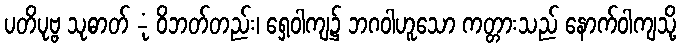
ပတိပုဗ္ဗ သုဓာတ် -ုံ ဝိဘတ်တည်း၊ ရှေ့ဝါကျ၌ ဘဂဝါဟူသော ကတ္တားသည် နောက်ဝါကျသို့